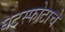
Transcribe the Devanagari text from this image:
घटस्फोटाचे